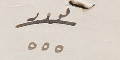
نومرو ٥٥٥